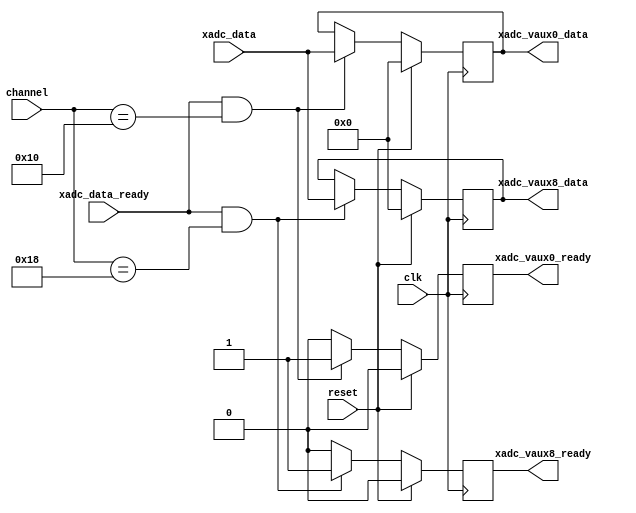
module xadc_data_demux 
    (
     input             clk,
     input             reset,

     input [15:0]      xadc_data,
     input             xadc_data_ready,
     input [4:0]       channel,
     output reg [15:0] xadc_vaux0_data,
     output reg        xadc_vaux0_ready,
     output reg [15:0] xadc_vaux8_data,
     output reg        xadc_vaux8_ready
     );

    // Assignments for the XADC 0 data
    always @(posedge clk) begin
        if (reset) begin
            xadc_vaux0_data  <= 16'd0;
            xadc_vaux0_ready <= 1'b0;
        end
        else
            if (xadc_data_ready && (channel == 5'h10)) begin
                xadc_vaux0_data  <= xadc_data;
                xadc_vaux0_ready <= 1'b1;
            end 
            else
                xadc_vaux0_ready <= 1'b0;
    end

    always @(posedge clk) begin
        if (reset) begin
            xadc_vaux8_data  <= 16'd0;
            xadc_vaux8_ready <= 1'b0;
        end
        else
            if (xadc_data_ready && (channel == 5'h18)) begin
                xadc_vaux8_data  <= xadc_data;
                xadc_vaux8_ready <= 1'b1;
            end
            else
                xadc_vaux8_ready <= 1'b0;
    end
    
endmodule